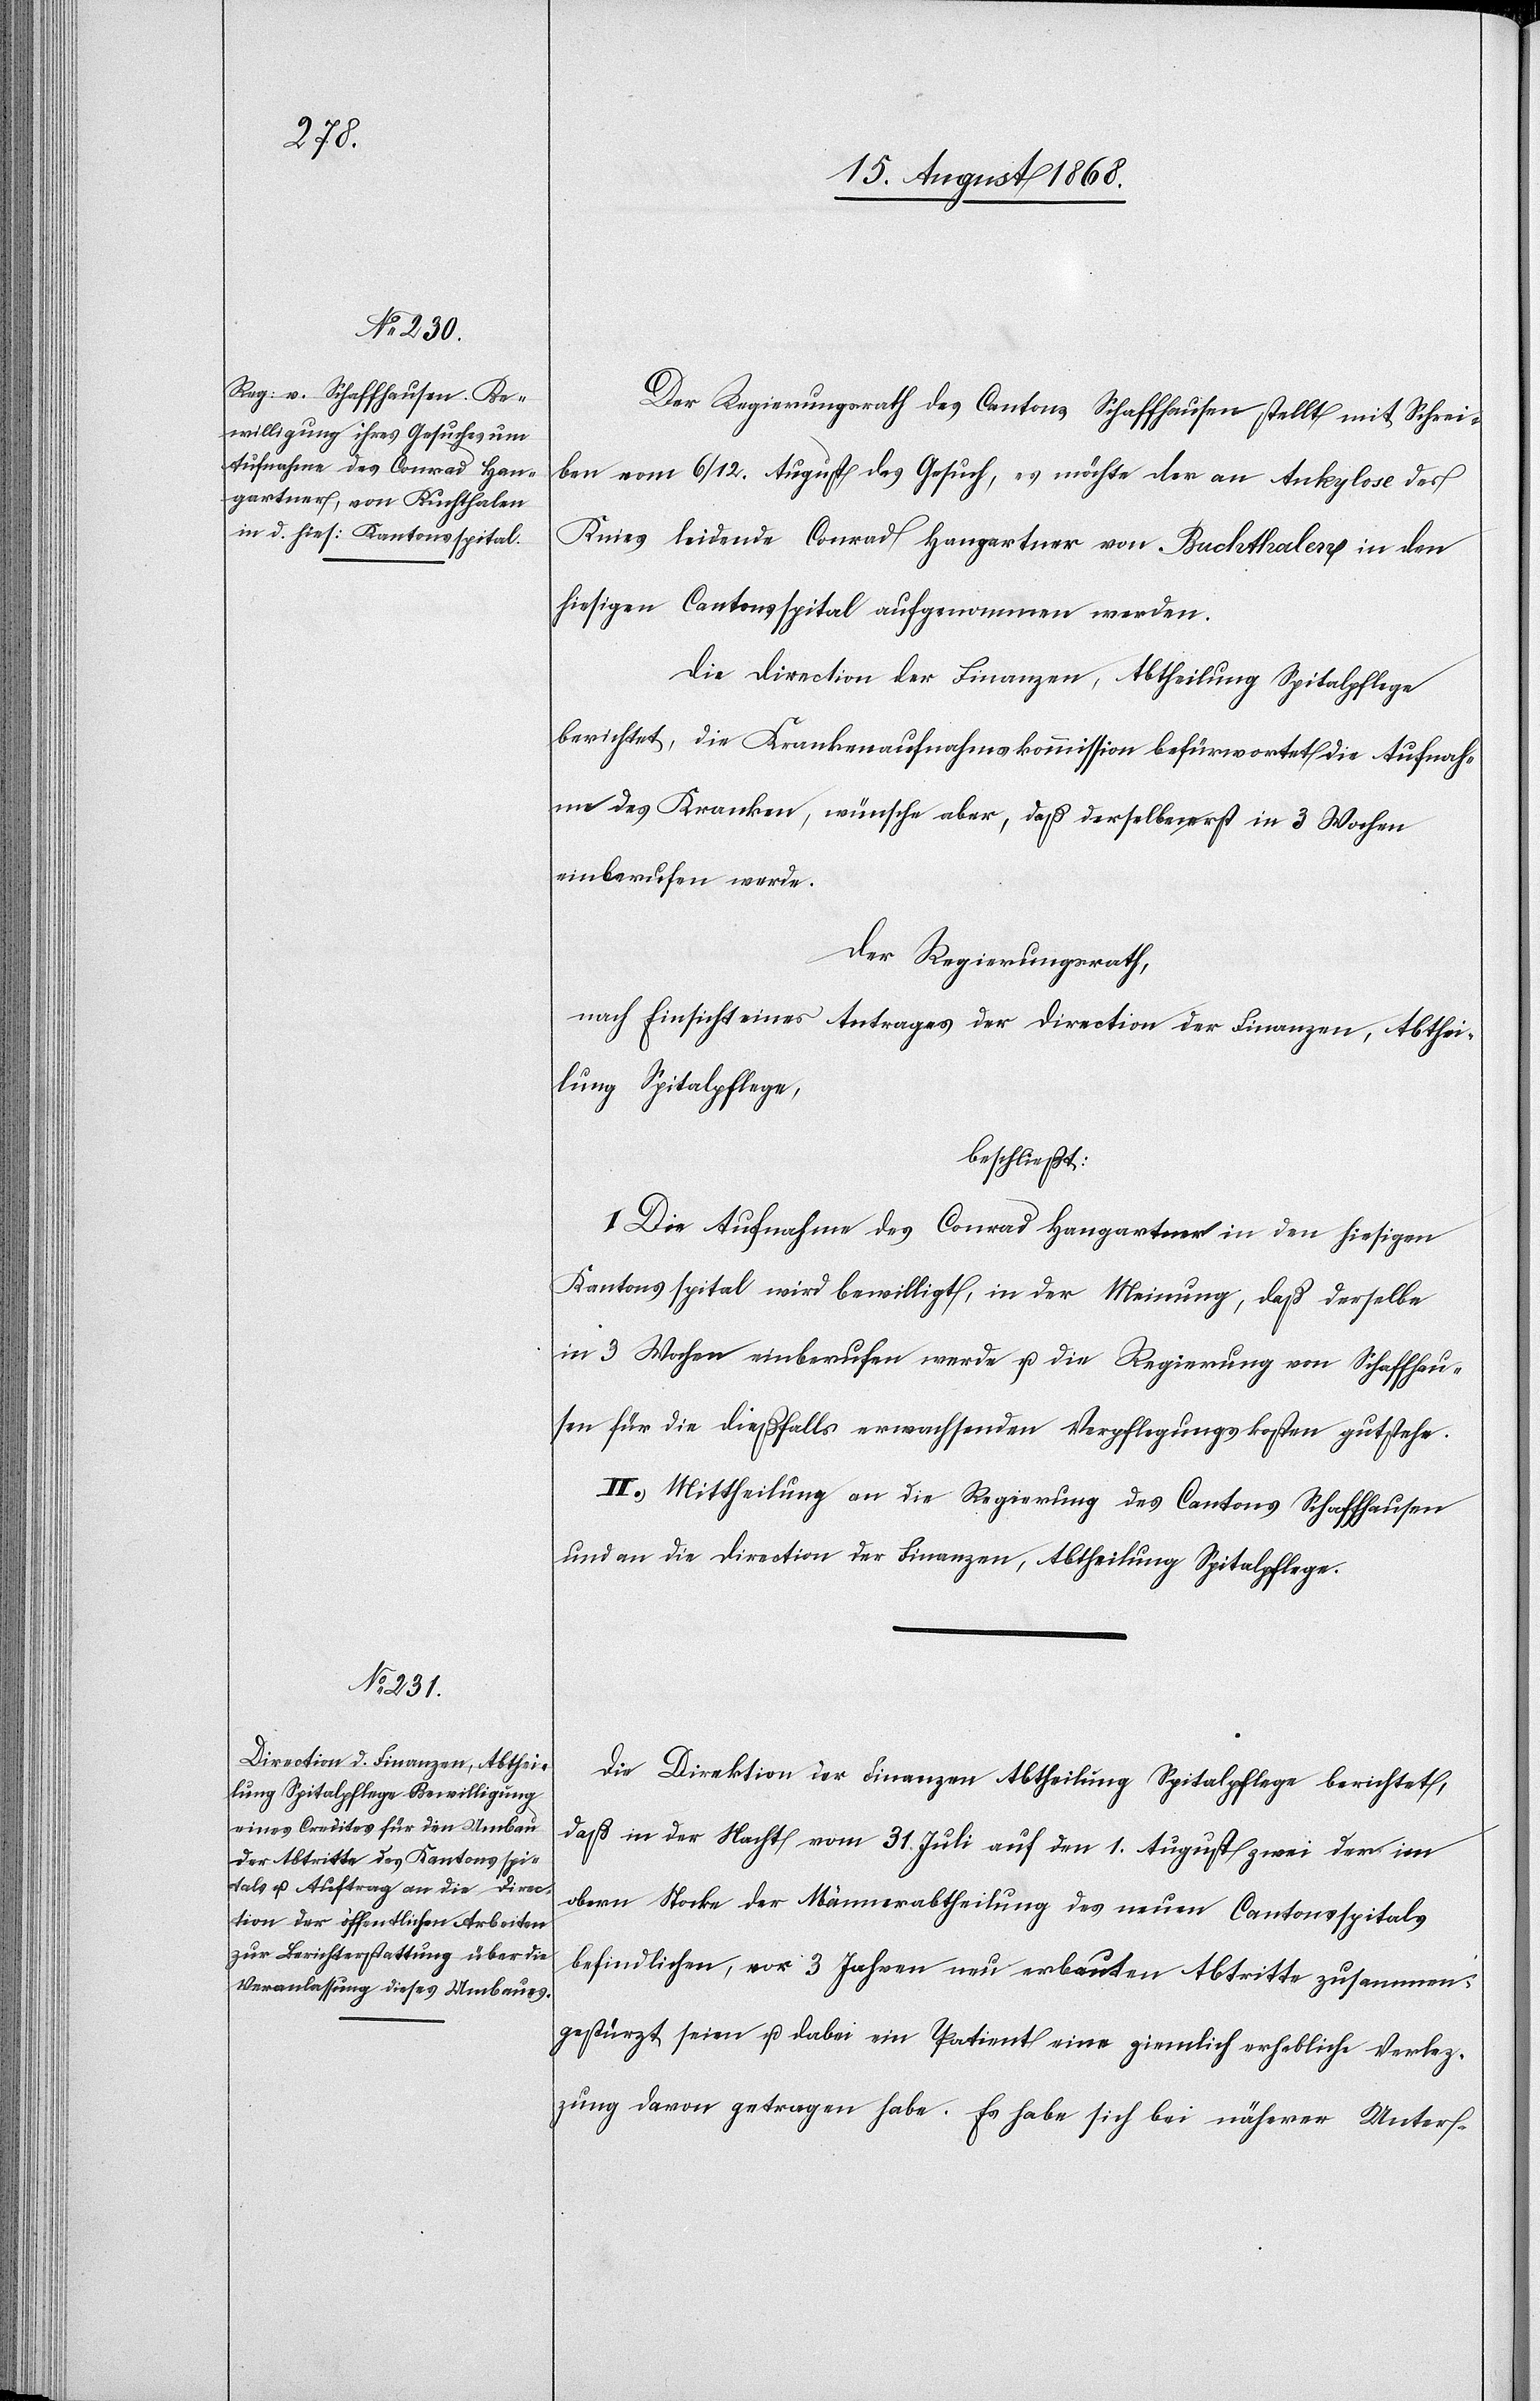
Der Regierungsrath des Cantons Schaffhausen stellt mit Schrei¬
ben vom 6/12. August das Gesuch, es möchte der an Ankylose des
Knies leidende Conrad Hangartner von Buchthalen in den
hiesigen Cantonsspital aufgenommen werden.
Die Direction der Finanzen, Abtheilung Spitalpflege
berichtet, die Krankenaufnahmskommission befürwortet die Aufnah¬
me des Kranken, wünsche aber, daß derselbe erst in 3 Wochen
einberufen werde.
Der Regierungsrath,
nach Einsicht eines Antrages der Direction der Finanzen, Abthei¬
lung Spitalpflege,
beschließt:
I. Die Aufnahme des Conrad Hangartner in den hiesigen
Kantonsspital wird bewilligt, in der Meinung, daß derselbe
in 3 Wochen einberufen werde u. die Regierung von Schaffhau¬
sen für die dießfalls erwachsenden Verpflegungskosten gutstehe.
II. Mittheilung an die Regierung des Cantons Schaffhausen
und an die Direction der Finanzen, Abtheilung Spitalpflege.
Die Direktion der Finanzen Abtheilung Spitalpflege berichtet,
daß in der Nacht vom 31. Juli auf den 1. August zwei der im
obern Stocke der Männerabtheilung des neuen Cantonsspitals
befindlichen, vor 3 Jahren neu erbauten Abtritte zusammen¬
gestürzt seien u. dabei ein Patient eine ziemlich erhebliche Verletz¬
ung davon getragen habe. Es habe sich bei näherer Unter-